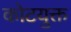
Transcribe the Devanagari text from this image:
कोटयुक्त